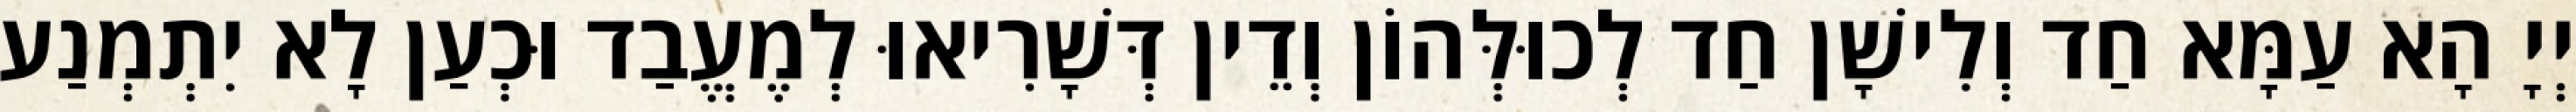
יְיָ הָא עַמָּא חַד וְלִישָׁן חַד לְכוּלְּהוֹן וְדֵין דְּשָׁרִיאוּ לְמֶעֱבַד וּכְעַן לָא יִתְמְנַע